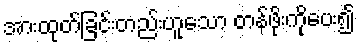
အားထုတ်ခြင်းတည်းဟူသော တန်ဖိုးကိုပေး၍